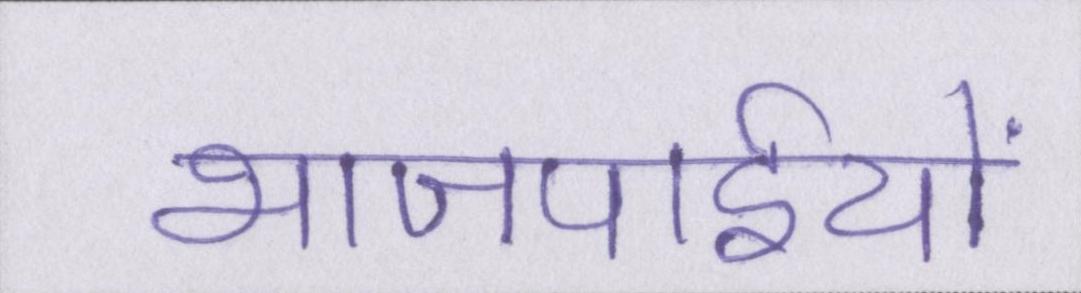
भाजपाईयों